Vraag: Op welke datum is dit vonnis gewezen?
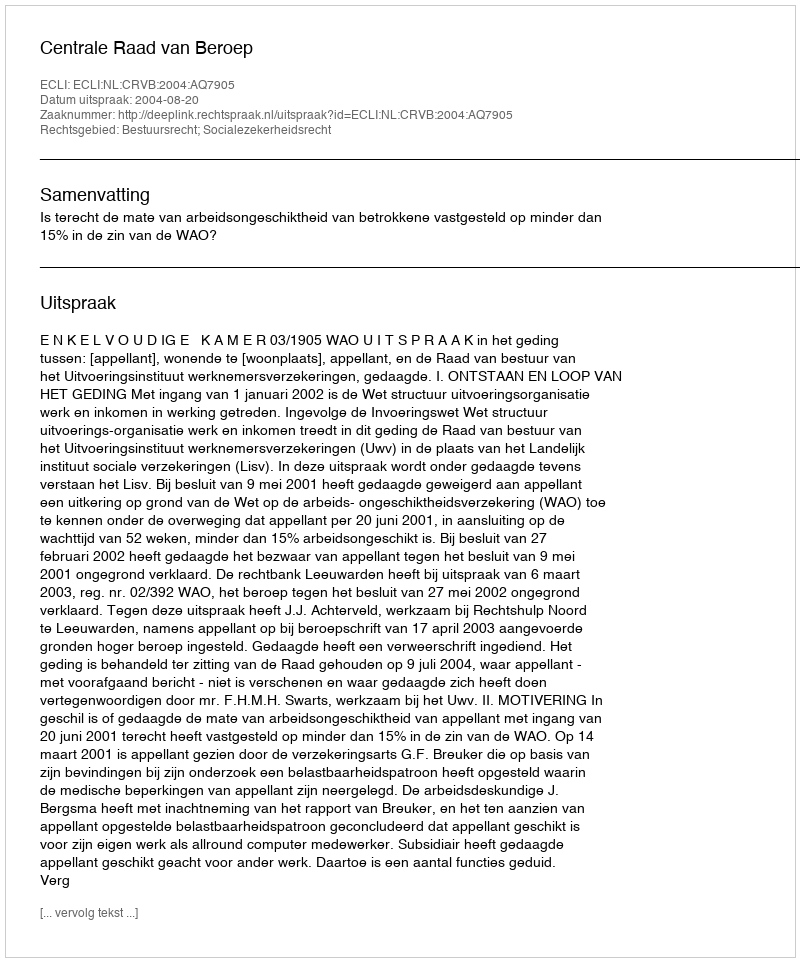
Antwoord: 2004-08-20